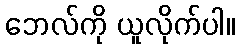
ဘေလ်ကို ယူလိုက်ပါ။